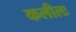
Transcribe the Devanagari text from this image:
कलीलः